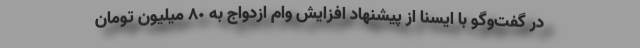
در گفت‌وگو با ایسنا از پیشنهاد افزایش وام ازدواج به ٨٠ میلیون تومان